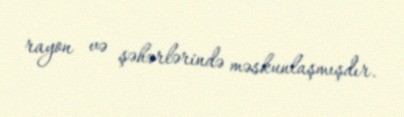
rayon və şəhərlərində məskunlaşmışdır.